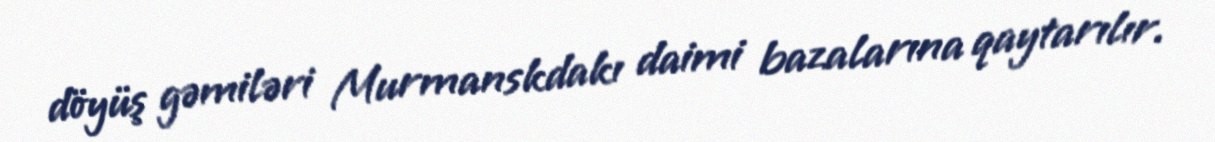
döyüş gəmiləri Murmanskdakı daimi bazalarına qaytarılır.